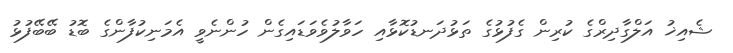
ޝެއިޚު އަލްގާދިރްގެ ކުރިން ގެފުޅުގެ ތަޅުދަނޑުކޮޅާއި ހަވާލުވެވަޑައިގެން ހުންނެވީ އެމަނިކުފާންގެ ބޮޑު ބޭބޭފުޅު